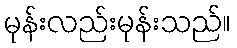
မုန်းလည်းမုန်းသည်။